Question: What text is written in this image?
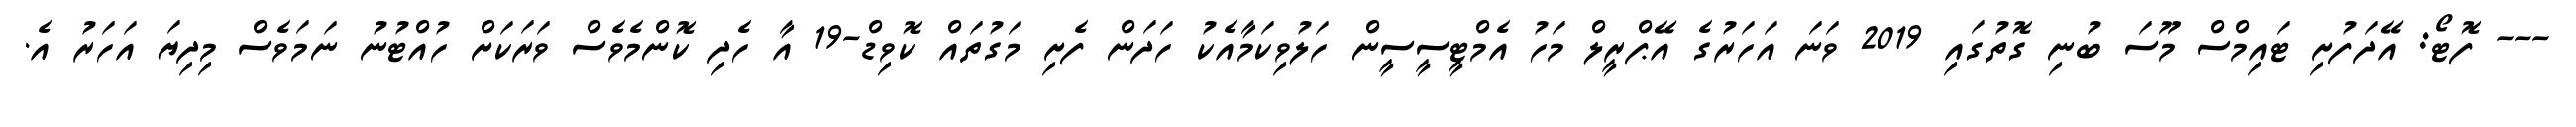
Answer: --- ފޮޓޯ: އޭދަފުށި ޓައިމްސް މޫސަ ބުނި ގޮތުގައި 2019 ވަނަ އަހަރުގެ އޭޕްރީލް މަހު އެމްޓީސީސީން ހަލުވިކަމާއެކު ހަދަން ފެށި މަގުތައް ކޮވިޑް-19 އާ ހެދި ކޮންމެވެސް ވަރަކަށް ހުއްޓުނު ނަމަވެސް މިދިޔަ އަހަރު އެ.